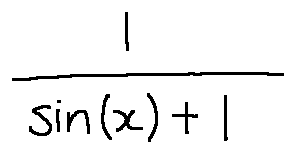
\frac { 1 } { \sin ( x ) + 1 }